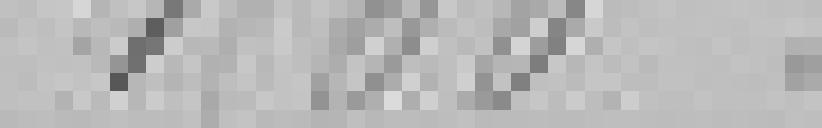
1 500